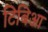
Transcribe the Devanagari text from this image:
टिबिआ